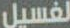
لغسيل